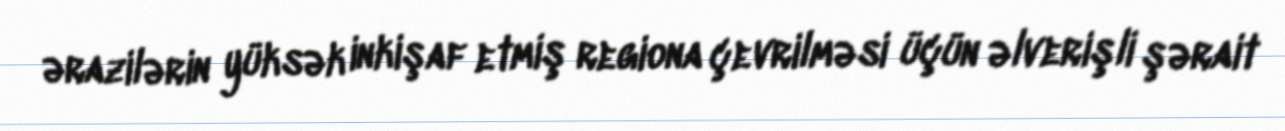
ərazilərin yüksək inkişaf etmiş regiona çevrilməsi üçün əlverişli şərait